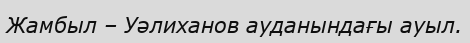
Жамбыл – Уәлиханов ауданындағы ауыл.